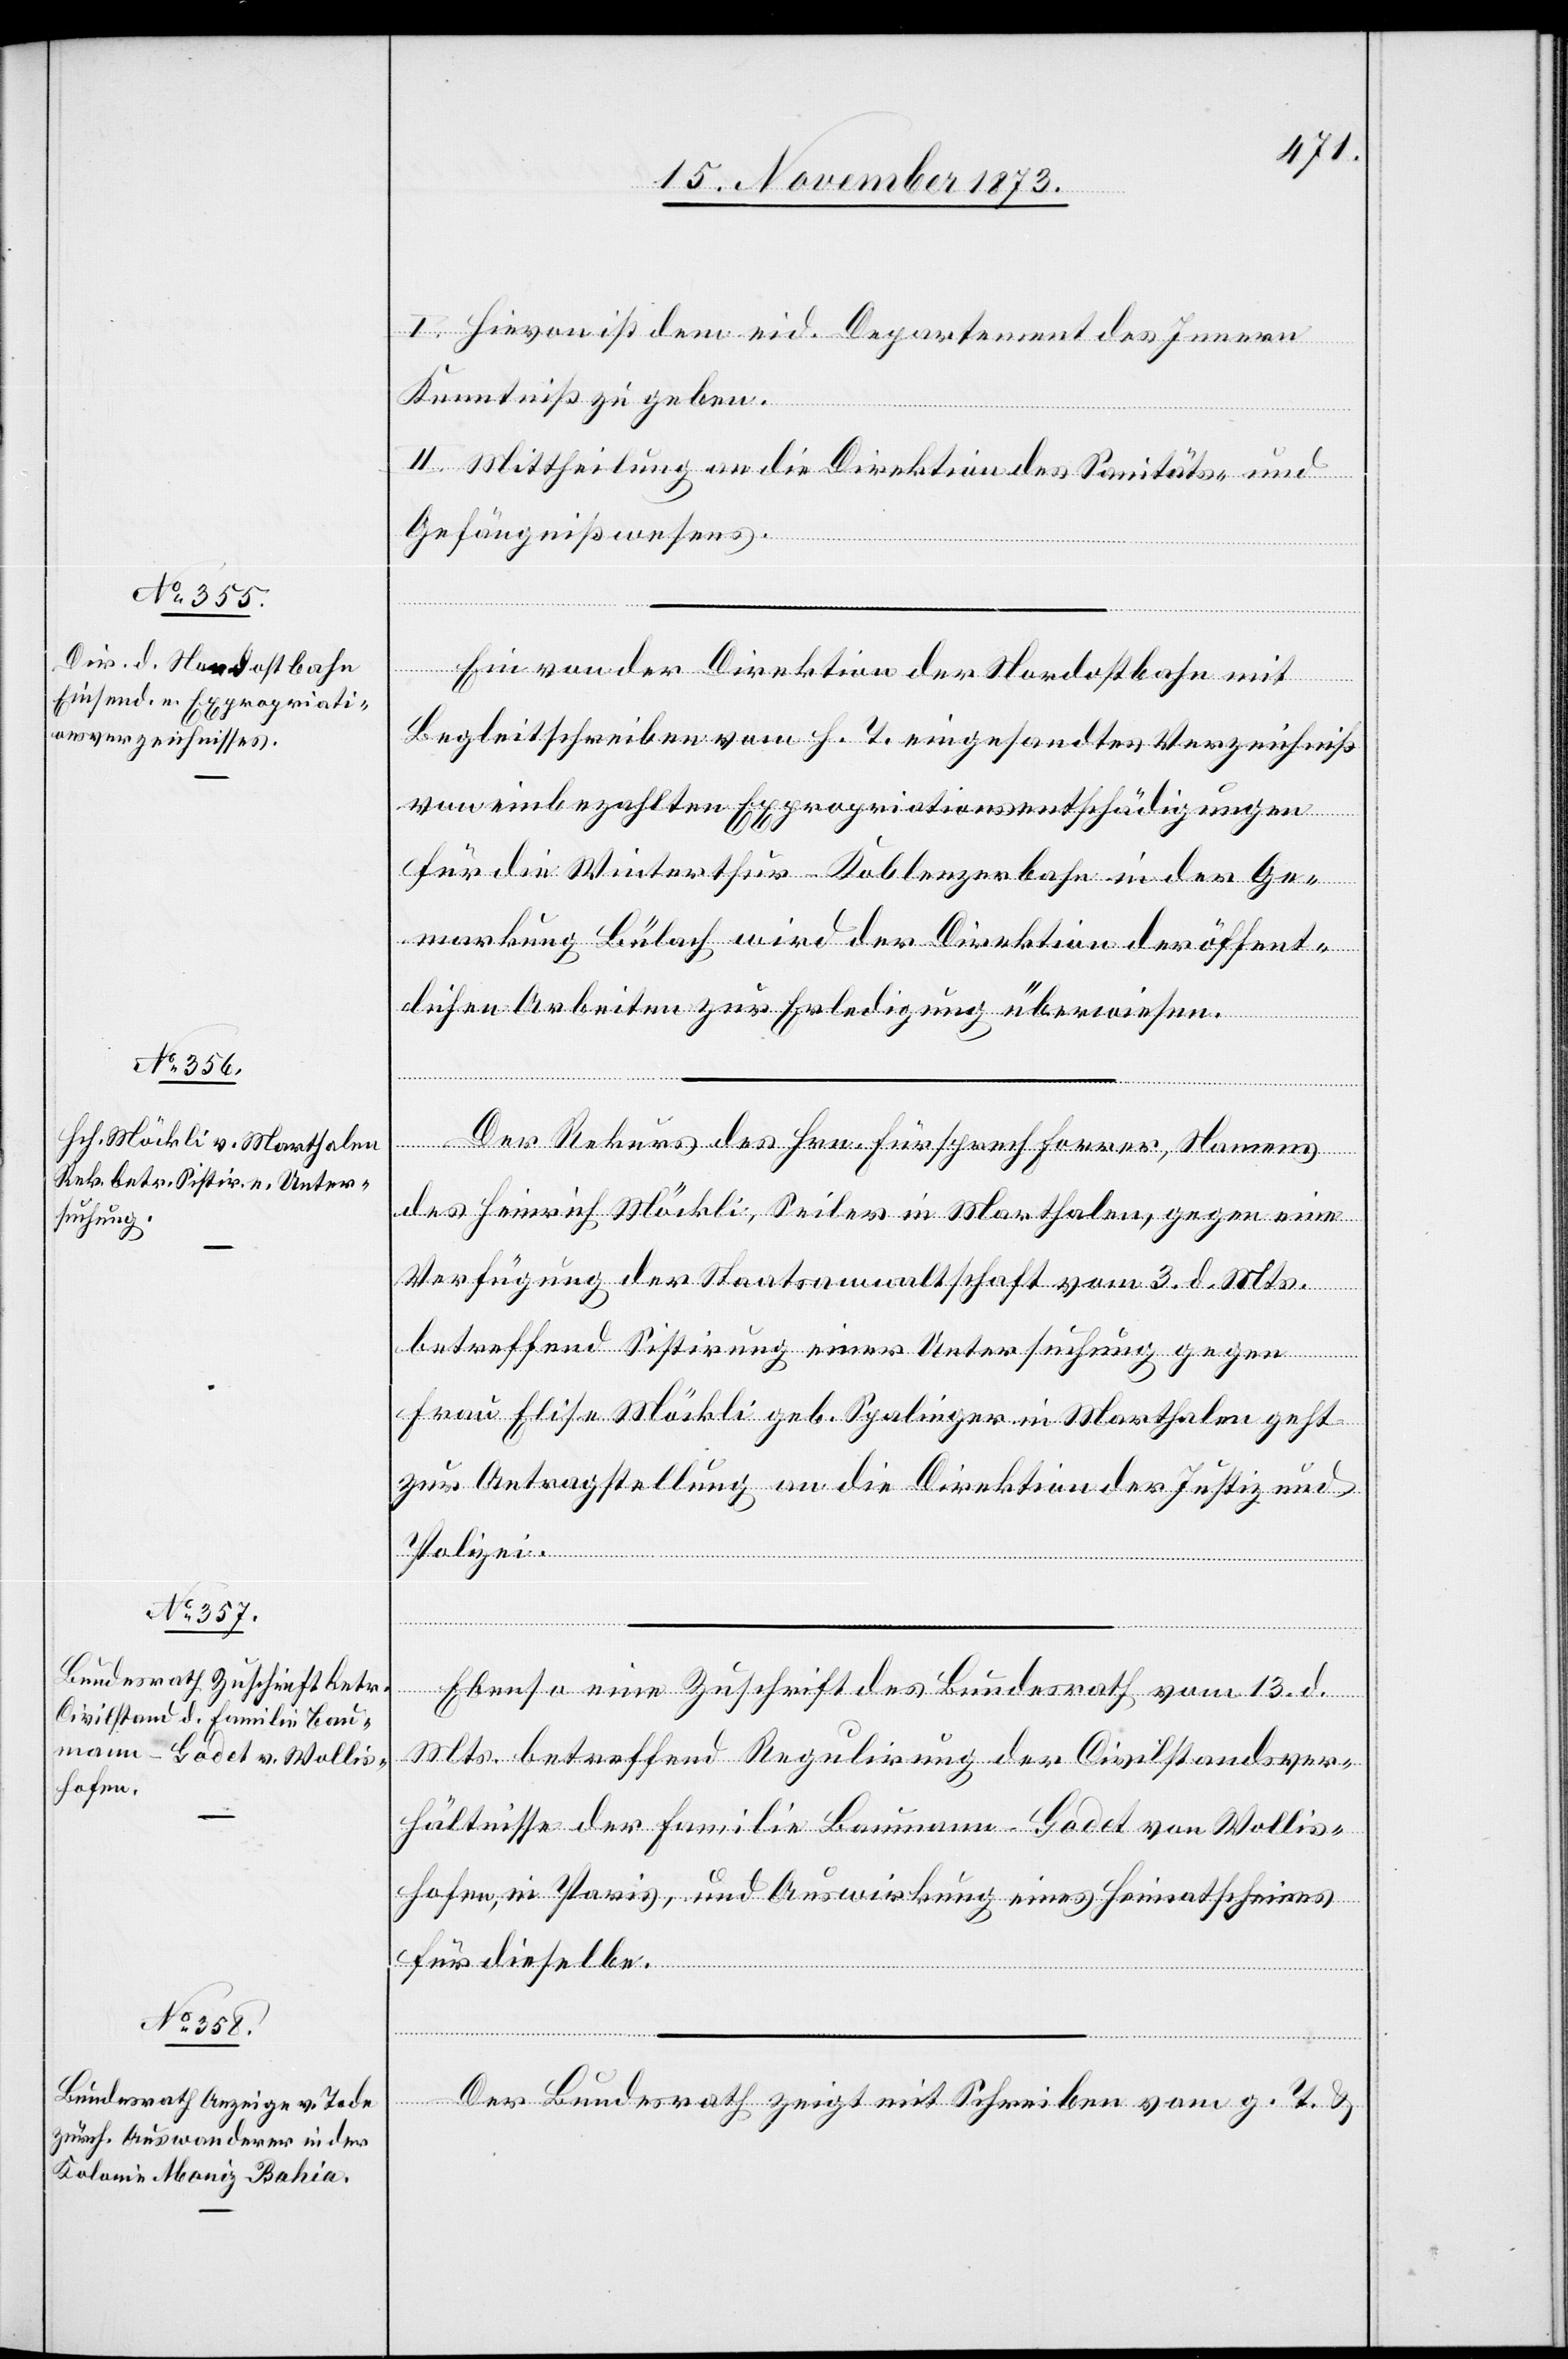
15. November 1873.]
I. Hievon ist dem eid. Departement des Innern
Kenntniß zu geben.
II. Mittheilung an die Direktion des Sanitäts- und
Gefängnißwesens.
Ein von der Direktion der Nordostbahn mit
Begleitschreiben vom h. T. eingesandtes Verzeichniß
von einbezahlten Expropriationsentschädigungen
für die Winterthur–Koblenzerbahn in der Ge¬
markung Bülach wird der Direktion der öffent¬
lichen Arbeiten zur Erledigung überwiesen.
ung
Der Rekurs des Hrn. Fürsprech Forrer, Namens
des Heinrich Möckli, Seiler in Marthalen, gegen eine
Verfügung der Staatsanwaltschaft vom 3. d. Mts.
betreffend Sistirung einer Untersuchung gegen
Frau Elise Möckli geb. Spalinger in Marthalen geht
zur Antragstellung an die Direktion der Justiz und
Polizei.
Ebenso eine Zuschrift des Bundesrath vom 13. d.
Mts. betreffend Regulirung der Civilstandsver¬
hältnisse der Familie Baumann-Godet von Wollis¬
hofen, in Paris, und Auswirkung eines Heimatscheines
für dieselbe.
[Fortsetz¬
Der Bundesrath zeigt mit Schreiben vom g. T. &